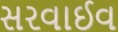
સરવાઈવ